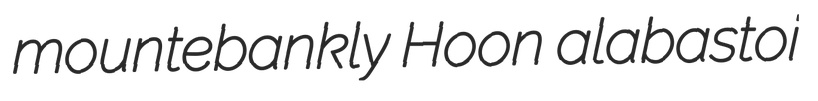
mountebankly Hoon alabastoi